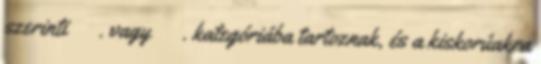
szerinti Ⅴ. vagy Ⅵ. kategóriába tartoznak, és a kiskorúakra